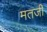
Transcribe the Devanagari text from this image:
मतजी